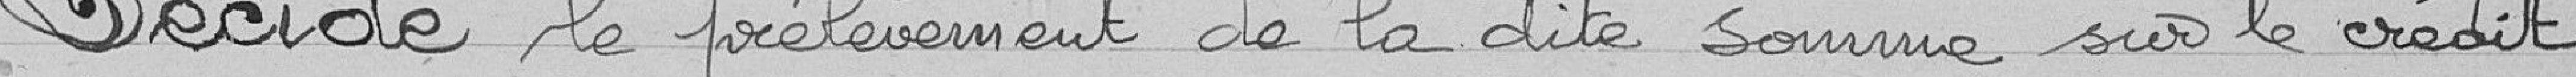
Décide le prélèvement de la dite somme sur le crédit